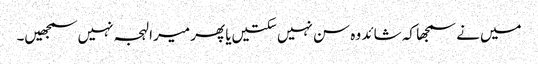
میں‌نے سمجھا کہ شائد وہ سن نہیں‌سکتیں‌یا پھر میرا لہجہ نہیں‌سمجھیں۔